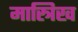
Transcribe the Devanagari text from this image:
मास्त्रिख